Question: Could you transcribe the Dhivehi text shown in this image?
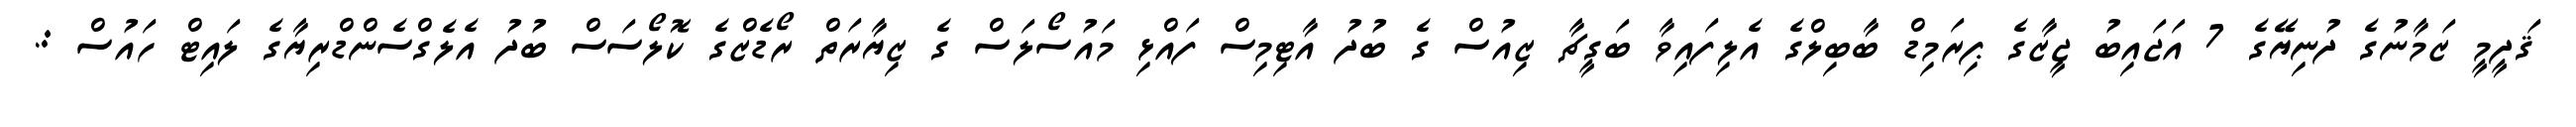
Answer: ޤަދީމީ ޒަމާނުގެ ދުނިޔޭގެ 7 އަޖައިބު ޖީޒާގެ ޕިރަމިޑް ބާބިލްގެ އެލިފައިވާ ބަގީޗާ ޒިއުސް ގެ ބުދު އާޓިމިސް ފައްޅި މައުސޯލަސް ގެ ޒިޔާރަތް ރޯޑެޒްގެ ކޮލޯސަސް ބުދު އެލެގްސެންޑްރިޔާގެ ލައިޓް ހައުސް :.